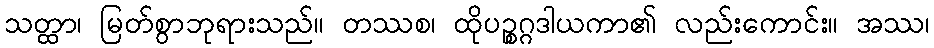
သတ္ထာ၊ မြတ်စွာဘုရားသည်။ တဿစ၊ ထိုပဉ္စဂ္ဂဒါယကာ၏ လည်းကောင်း။ အဿ၊